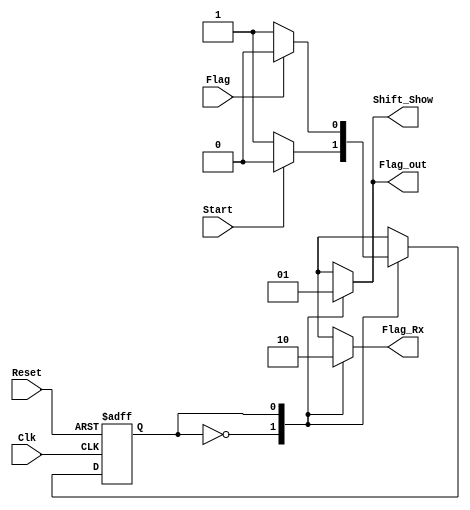
module MooreMachine_RX
(
	// Input Ports
	input Clk,
	input Reset,
	input Start,//Transfer  
	input Flag,
	// Output Ports
	output Shift_Show,
	output Flag_out,
	output Flag_Rx 
	
);

localparam IDLE = 0;
localparam GOING = 1;

reg 		 current_state;
reg 		 state_shift_show;
reg		 state_flag_out;
reg 		 state_rx_flag;

/**************************************************************************************/

always@(posedge Clk, negedge Reset) begin

	if(Reset == 1'b0)
			current_state <= IDLE;
	else 
	   case(current_state)
		
			IDLE:
				if(Start == 1'b0)
					current_state <= GOING;
				else
					current_state <= IDLE;	
			GOING:
				if(Flag == 1'b1)
					current_state <= IDLE;
				else
					current_state  <= GOING;
			default:
					current_state<= IDLE;
			endcase
end
/*------------------------------------------------------------------------------------------*/

always@(current_state) begin
	 case(current_state)
	 
		IDLE: 
			begin
			state_shift_show = 1'b0;
			state_flag_out   = 1'b0;
			state_rx_flag 	  = 1'b1;
			end
			
		GOING:
			begin
			state_shift_show = 1'b1;
			state_flag_out   = 1'b1;
			state_rx_flag 	  = 1'b0;
			end
			
	default: 		
			begin
			state_shift_show = 1'b0;
			state_flag_out   = 1'b0;
			state_rx_flag 	  = 1'b0;
			end

	endcase
end

// Asignacion de salidas
assign Flag_Rx 	= state_rx_flag;
assign Shift_Show = state_shift_show;
assign Flag_out   = state_flag_out;

endmodule